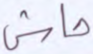
حاش